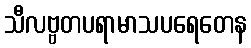
သီလဗ္ဗတပရာမာသပရေတေန